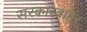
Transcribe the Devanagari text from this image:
सरकारबाहेर